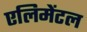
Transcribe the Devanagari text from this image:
एलिमेंटल